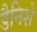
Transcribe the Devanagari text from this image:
डैनिशे